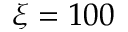
\xi = 1 0 0